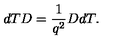
d T D = \frac { 1 } { q ^ { 2 } } D d T .